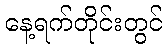
နေ့ရက်တိုင်းတွင်